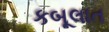
કબૂલાત